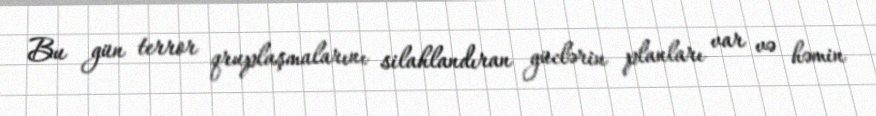
Bu gün terror qruplaşmalarını silahlandıran güclərin planları var və həmin